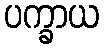
ပက္ခာယ